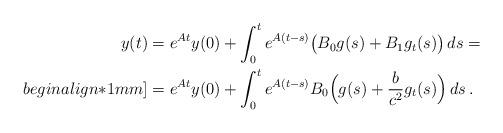
LaTeX: \begin{align*}y(t) &= e^{At} y(0) + \int_0^t e^{A(t-s)} \big(B_0 g(s)+B_1 g_t(s)\big)\,ds=\\begin{align*}1mm]&= e^{At} y(0) + \int_0^t e^{A(t-s)} B_0 \Big(g(s) + \frac{b}{c^2}g_t(s)\Big)\,ds\,.\end{align*}